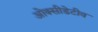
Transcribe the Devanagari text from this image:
ओक्सीडेटीव